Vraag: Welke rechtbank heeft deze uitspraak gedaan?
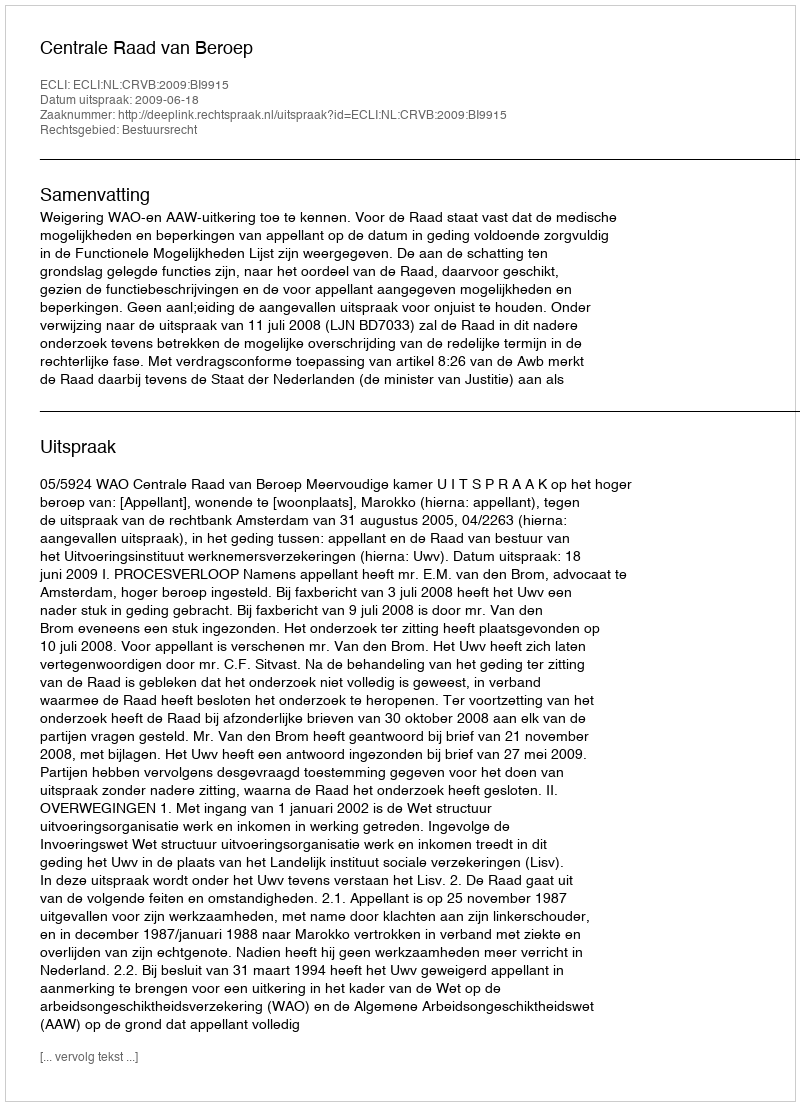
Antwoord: Centrale Raad van Beroep